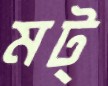
মট্‌